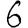
Digit: 6